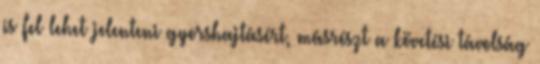
is fel lehet jelenteni gyorshajtásért, másrészt a követési távolság